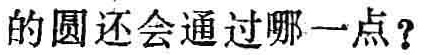
的圆还会通过哪一点？